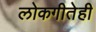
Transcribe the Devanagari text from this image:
लोकगीतेही